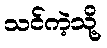
သင်ကဲ့သို့